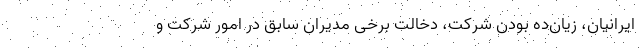
ایرانیان، زیان‌ده بودن شرکت، دخالت برخی مدیران سابق در امور شرکت و